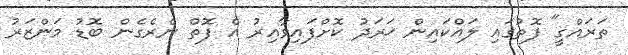
ތަރައްގީ" ފޮތުގައި ލައްކައިން ޚަރަދު ކޮށްފައިވާއިރު އެ ފޮތް ނެރެގެން ބޮޑު މަންޒަރު